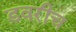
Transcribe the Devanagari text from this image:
डवरीच